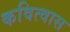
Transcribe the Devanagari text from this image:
कवित्वास